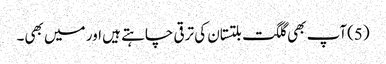
(5)آپ بھی گلگت بلتستان کی ترقی چاہتے ہیں اور میں بھی۔